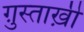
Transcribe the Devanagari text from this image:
ग़ुस्ताख़ी